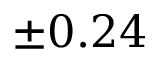
\pm 0 . 2 4